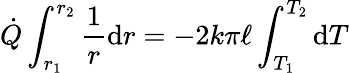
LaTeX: {\dot{Q}}\int_{r_{1}}^{r_{2}}{\frac{1}{r}}\mathrm{d}r=-2k\pi\ell\int_{T_{1}}^{T_{2}}\mathrm{d}T